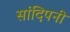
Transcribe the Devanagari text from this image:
सांदिपनी